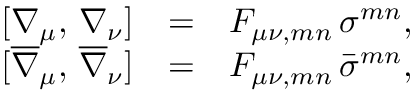
\begin{array} { r c l } { { [ \nabla _ { \mu } , \, \nabla _ { \nu } ] } } & { { = } } & { { { \cal F } _ { \mu \nu , m n } \, \sigma ^ { m n } , } } \\ { { [ \overline { { \nabla } } _ { \mu } , \, \overline { { \nabla } } _ { \nu } ] } } & { { = } } & { { { \cal F } _ { \mu \nu , m n } \, \bar { \sigma } ^ { m n } , } } \end{array}